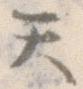
て